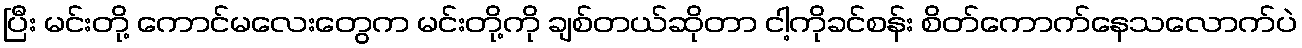
ပြီး မင်းတို့ ကောင်မလေးတွေက မင်းတို့ကို ချစ်တယ်ဆိုတာ ငါ့ကိုခင်စန်း စိတ်ကောက်နေသလောက်ပဲ